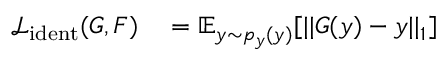
\begin{array} { r l } { \mathcal { L } _ { \mathrm { i d e n t } } ( G , F ) } & { { } = \mathbb { E } _ { y \sim p _ { y } ( y ) } [ | | G ( y ) - y | | _ { 1 } ] } \end{array}